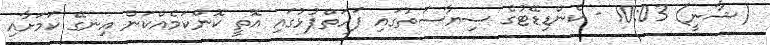
(ޝާނީ) 10:03 - ކެންޑިޑޭޓުގެ ސިޔާސަތުގައި ފަހަތްޕުޅުގައި އޮތީ ކޮންކަމެއްކަން އިނގޭ ކަމަށާއި